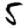
Digit: 5